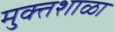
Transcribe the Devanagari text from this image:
मुक्तशाळा